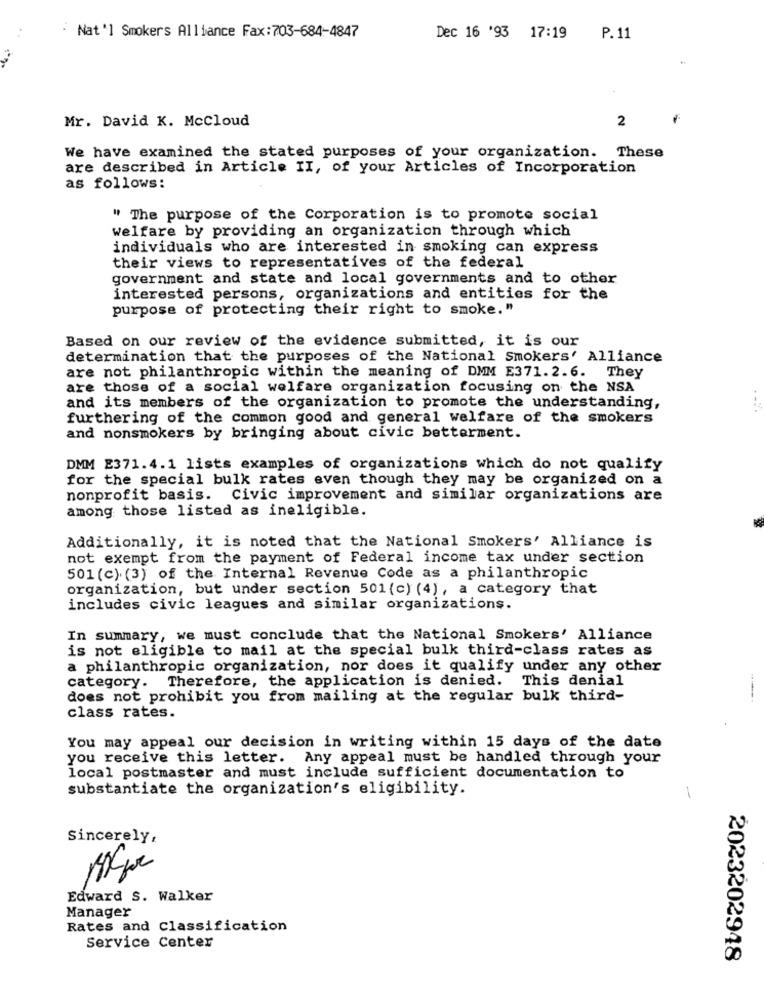
Nat'l Smokers Alliance Fax:703-684-4847
Dec 16 '93 17:19
P. 11
Mr. David K. McCloud
2
We have examined the stated purposes of your organization. These
are described in Article II, of your Articles of Incorporation
as follows:
" The purpose of the Corporation is to promote social
welfare by providing an organization through which
individuals who are interested in smoking can express
their views to representatives of the federal
government and state and local governments and to other
interested persons, organizations and entities for the
purpose of protecting their right to smoke."
Based on our review of the evidence submitted, it is our
determination that the purposes of the National Smokers' Alliance
are not philanthropic within the meaning of DMM E371.2.6. They
are those of a social welfare organization focusing on the NSA
and its members of the organization to promote the understanding,
furthering of the common good and general welfare of the smokers
and nonsmokers by bringing about civic betterment.
DMM E371.4.1 lists examples of organizations which do not qualify
for the special bulk rates even though they may be organized on a
nonprofit basis. Civic improvement and similar organizations are
among those listed as ineligible.
Additionally, it is noted that the National Smokers' Alliance is
not exempt from the payment of Federal income tax under section
501 (c) (3) of the Internal Revenue Code as a philanthropic
organization, but under section 501 (c) (4), a category that
includes civic leagues and similar organizations.
In summary, we must conclude that the National Smokers' Alliance
is not eligible to mail at the special bulk third-class rates as
a philanthropic organization, nor does it qualify under any other
category. Therefore, the application is denied. This denial
does not prohibit you from mailing at the regular bulk third-
class rates.
You may appeal our decision in writing within 15 days of the date
you receive this letter. Any appeal must be handled through your
local postmaster and must include sufficient documentation to
substantiate the organization's eligibility.
-
Sincerely,
Edward S. Walker
Manager
Rates and Classification
Service Center
2023202948